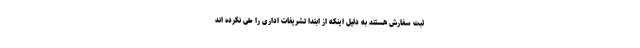
ثبت سفارش هستند به دلیل اینکه از ابتدا تشریفات اداری را طی نکرده اند